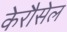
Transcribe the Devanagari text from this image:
केरौसेल